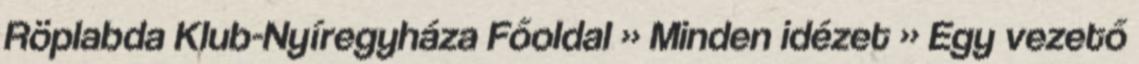
Röplabda Klub-Nyíregyháza Főoldal » Minden idézet » Egy vezető